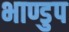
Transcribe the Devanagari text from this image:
भाण्डुप